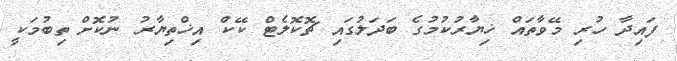
ފައިދާ ހުރި މޭވާތައް ޚިޔާރުކުމުގެ ބަދަލުގައި ޗޮކޮލެޓް ކޭކް އިޚްތިޔާރު ނުކޮށް ތިބުމަކީ